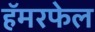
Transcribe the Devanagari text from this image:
हॅमरफेल